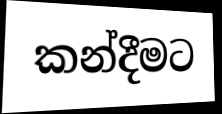
කන්දීමට